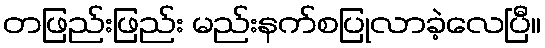
တဖြည်းဖြည်း မည်းနက်စပြုလာခဲ့လေပြီ။